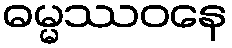
ဓမ္မဿဝနေ